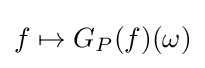
f\mapsto G_{P}(f)(\omega )